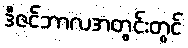
ဒီဇင်ဘာလအတွင်းတွင်